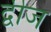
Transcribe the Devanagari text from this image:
द्वीज